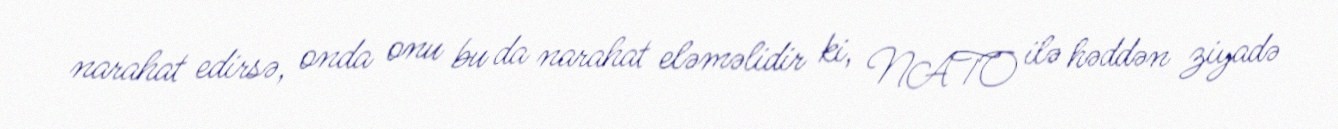
narahat edirsə, onda onu bu da narahat eləməlidir ki, NATO ilə həddən ziyadə